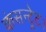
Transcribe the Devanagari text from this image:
कंसन्ट्रेट।